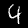
Label: 4